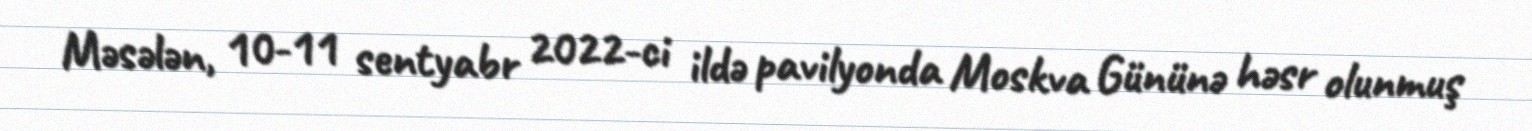
Məsələn, 10-11 sentyabr 2022-ci ildə pavilyonda Moskva Gününə həsr olunmuş